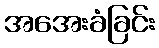
အအေးခံခြင်း